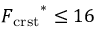
{ F _ { \mathrm { c r s t } } } ^ { * } \leq 1 6